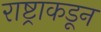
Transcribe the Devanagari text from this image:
राष्ट्राकडून